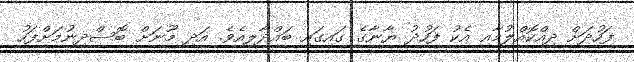
ފަހުދަށް ދިއްކޮއްލުމާއި އެކު ފަހުދު ޔާނާގެ ގައިގައި ބައްދާލިއެވެ. އަދި މޫނަށް ބޮސްދިނުމަށްފަހު